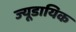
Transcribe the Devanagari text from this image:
ज्यूडायिक